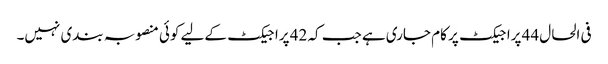
فی الحال 44 پراجیکٹ پر کام جاری ہے جب کہ 42 پراجیکٹ کےلیے کوئی منصوبہ بندی نہیں۔